Lunatic asylums in Bengal annual reports 1912-1924 - 1912-1924
Year: 1912
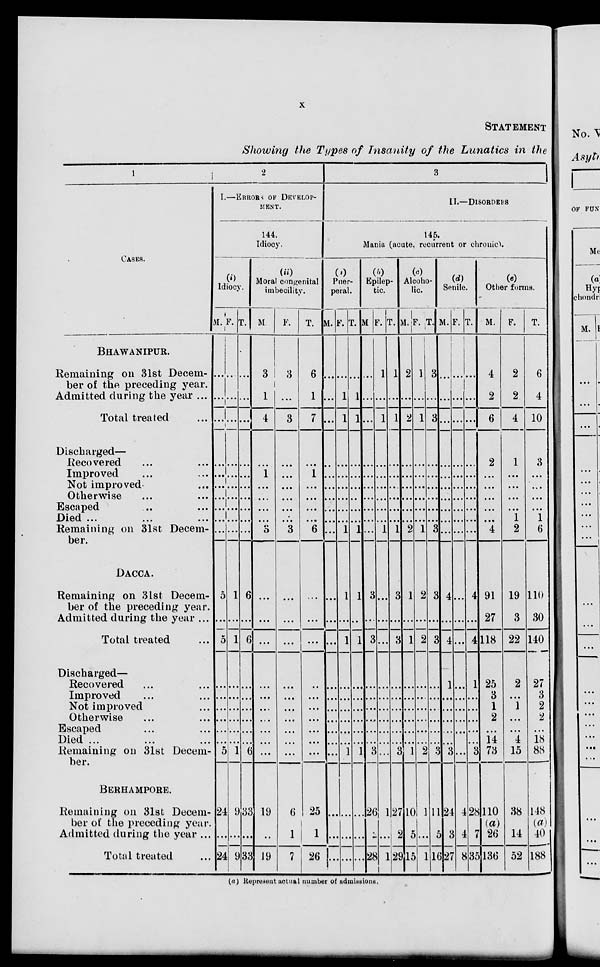
x
STATEMENT
Showing the Types of Insanity of the Lunatics in the
1
CASES.
BHAWANIPUR.
Remaining on 31st Decem-
ber of the preceding year.
Admitted during the year ...
Total treated ...
Discharged—
Recovered ... ...
Improved ... ...
Not improved ...
Otherwise ... ...
Escaped ... ...
Died ... ... ...
Remaining on 31st Decem-
ber.
DACCA.
Remaining on 31st Decem-
ber of the preceding year.
Admitted during the year ...
Total treated ...
Discharged—
Recovered ... ...
Improved ... ...
Not improved ...
Otherwise ... ...
Escaped ... ...
Died ... ... ...
Remaining on 31st Decem-
ber.
BERHAMPORE.
Remaining on 31st Decem-
ber of the preceding year.
Admitted during the year ...
Total treated ...
2
I.—ERRORS OF DEVELOP-
----.
144.
Idiocy.
(i)
Idiocy.
M.
...
...
...
...
...
...
...
...
...
...
5
...
5
...
...
...
...
...
...
5
24
...
24
F.
...
...
...
...
...
...
...
...
...
...
1
...
1
...
...
...
...
...
...
1
9
...
9
T.
...
...
...
...
...
...
...
...
...
...
6
...
6
...
...
...
...
...
...
6
33
...
33
(ii)
Moral congenital
imbecility.
M
3
1
4
...
1
...
...
...
...
3
...
...
...
...
...
...
...
...
...
...
19
...
19
F.
3
...
3
...
...
...
...
...
...
3
...
...
...
...
...
...
...
...
...
...
6
1
7
T.
6
1
7
...
1
...
...
...
...
6
...
...
...
...
...
...
...
...
...
...
25
1
26
3
II.— DISORDERS
145.
Mania (acute, recurrent or chronic).
(a)
Puer-
peral.
M.
...
...
...
...
...
...
...
...
...
...
...
...
...
...
...
...
...
...
...
...
...
...
...
F.
...
1
1
...
...
...
...
...
...
1
1
...
1
...
...
...
...
...
...
1
...
...
...
T.
...
1
1
...
...
...
...
...
...
1
1
...
1
...
...
...
...
...
...
1
...
...
...
(b)
Epilep-
tic.
M.
...
...
...
...
...
...
...
...
...
...
3
...
3
...
...
...
...
...
...
3
26
2
28
F.
1
...
1
...
...
...
...
...
...
1
...
...
...
...
...
...
...
...
...
...
1
...
1
T.
1
...
1
...
...
...
...
...
...
1
3
...
3
...
...
...
...
...
...
3
27
2
29
(c)
Alcoho-
lic.
M.
2
...
2
...
...
...
...
...
...
2
1
...
1
...
...
...
...
...
...
1
10
5
15
F.
1
...
1
...
...
...
...
...
...
1
2
...
2
...
...
...
...
...
...
2
1
...
1
T.
3
...
3
...
...
...
...
...
...
3
3
...
3
...
...
...
...
...
...
3
11
5
16
(d)
Senile.
M.
...
...
...
...
...
...
...
...
...
...
4
...
4
1
...
...
...
...
...
3
24
3
27
F.
...
...
...
...
...
...
...
...
...
...
...
...
...
...
...
...
...
...
...
...
4
4
8
T.
...
...
...
...
...
...
...
...
...
...
4
...
4
1
...
...
...
...
...
3
28
7
35
(e)
Other forms.
M.
4
2
6
2
...
...
...
...
...
4
91
27
118
25
3
1
2
...
14
73
110
(a)
26
136
F.
2
2
4
1
...
...
...
...
1
2
19
3
22
2
...
1
...
...
4
15
38
14
52
T.
6
4
10
3
...
...
...
...
1
6
110
30
140
27
3
2
2
...
18
88
148
(a)
40
188
(a) Represent actual number of admissions.